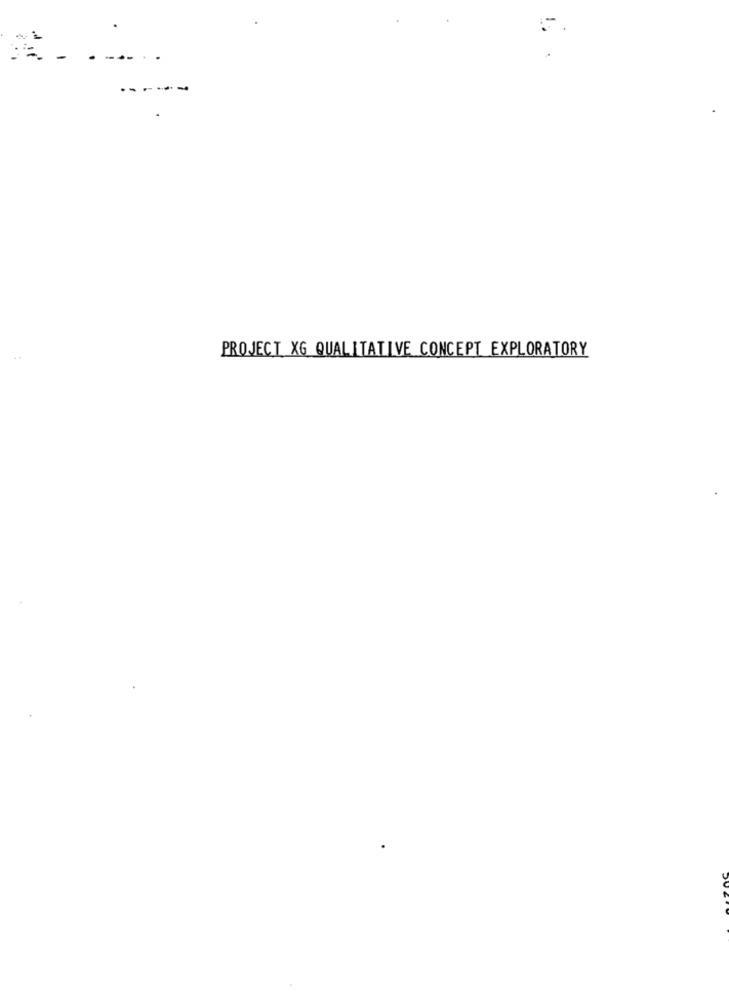
PROJECT XG QUALITATIVE CONCEPT EXPLORATORY